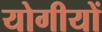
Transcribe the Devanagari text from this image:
योगीयों